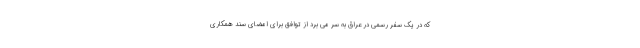
که در یک سفر رسمی در عراق به سر می برد از توافق برای امضای سند همکاری